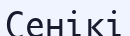
Сенікі